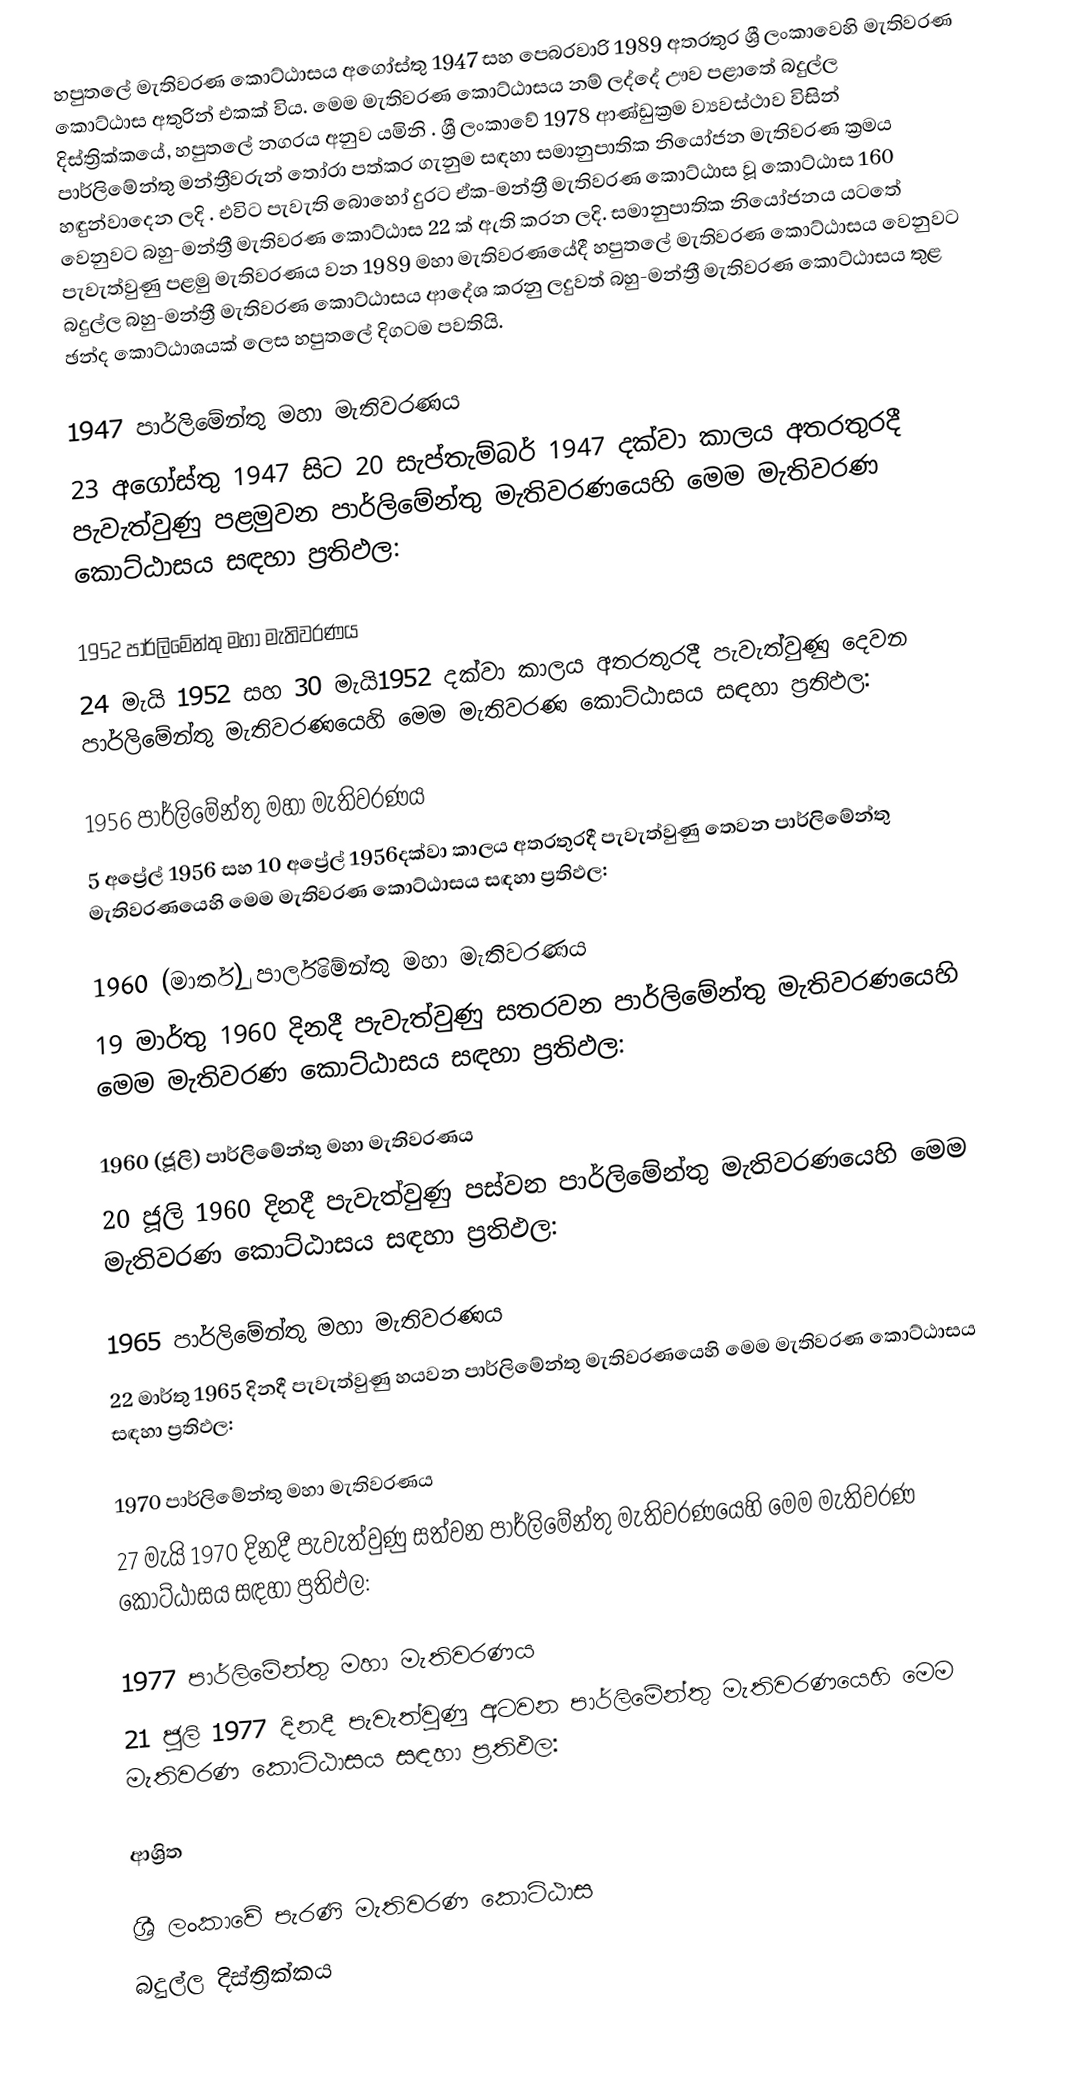
හපුතලේ මැතිවරණ කොට්ඨාසය  අගෝස්තු 1947 සහ පෙබරවාරි 1989 අතරතුර  ශ්‍රී ලංකාවෙහි  මැතිවරණ කොට්ඨාස අතුරින් එකක් විය. මෙම මැතිවරණ කොට්ඨාසය නම් ලද්දේ  ඌව පළාතේ  බදුල්ල  දිස්ත්‍රික්කයේ,  හපුතලේ නගරය අනුව යමිනි . ශ්‍රී ලංකාවේ 1978 ආණ්ඩුක්‍රම ව්‍යවස්ථාව විසින්   පාර්ලිමේන්තු මන්ත්‍රීවරුන් තෝරා පත්කර ගැනුම සඳහා සමානුපාතික නියෝජන මැතිවරණ ක්‍රමය හඳුන්වාදෙන ලදි . එවිට පැවැති බොහෝ දුරට  ඒක-මන්ත්‍රී මැතිවරණ කොට්ඨාස වූ කොට්ඨාස 160 වෙනුවට බහු-මන්ත්‍රී මැතිවරණ කොට්ඨාස 22 ක් ඇති කරන ලදි. සමානුපාතික නියෝජනය යටතේ පැවැත්වුණු පළමු මැතිවරණය වන 1989 මහා මැතිවරණයේදී  හපුතලේ මැතිවරණ කොට්ඨාසය වෙනුවට  බදුල්ල  බහු-මන්ත්‍රී මැතිවරණ කොට්ඨාසය  ආදේශ කරනු ලදුවත් බහු-මන්ත්‍රී මැතිවරණ කොට්ඨාසය තුළ ඡන්ද කොට්ඨාශයක් ලෙස හපුතලේ දිගටම පවතියි.

1947 පාර්ලිමේන්තු මහා මැතිවරණය
23 අගෝස්තු 1947 සිට 20 සැප්තැම්බර් 1947 දක්වා කාලය අතරතුරදී පැවැත්වුණු  පළමුවන පාර්ලිමේන්තු මැතිවරණයෙහි මෙම මැතිවරණ කොට්ඨාසය සඳහා ප්‍රතිඵල:

1952 පාර්ලිමේන්තු මහා මැතිවරණය
24 මැයි 1952 සහ 30 මැයි1952 දක්වා කාලය අතරතුරදී පැවැත්වුණු  දෙවන පාර්ලිමේන්තු මැතිවරණයෙහි මෙම මැතිවරණ කොට්ඨාසය සඳහා ප්‍රතිඵල:

1956 පාර්ලිමේන්තු මහා මැතිවරණය
5 අප්‍රේල් 1956 සහ 10 අප්‍රේල් 1956දක්වා කාලය අතරතුරදී පැවැත්වුණු  තෙවන පාර්ලිමේන්තු මැතිවරණයෙහි මෙම මැතිවරණ කොට්ඨාසය සඳහා ප්‍රතිඵල:

1960 (මාර්තු) පාර්ලිමේන්තු මහා මැතිවරණය
19 මාර්තු 1960 දිනදී පැවැත්වුණු  සතරවන පාර්ලිමේන්තු මැතිවරණයෙහි මෙම මැතිවරණ කොට්ඨාසය සඳහා ප්‍රතිඵල:

1960 (ජූලි) පාර්ලිමේන්තු මහා මැතිවරණය
20 ජූලි 1960 දිනදී පැවැත්වුණු  පස්වන පාර්ලිමේන්තු මැතිවරණයෙහි මෙම මැතිවරණ කොට්ඨාසය සඳහා ප්‍රතිඵල:

1965 පාර්ලිමේන්තු මහා මැතිවරණය
22 මාර්තු 1965  දිනදී පැවැත්වුණු  හයවන පාර්ලිමේන්තු මැතිවරණයෙහි මෙම මැතිවරණ කොට්ඨාසය සඳහා ප්‍රතිඵල:

1970 පාර්ලිමේන්තු මහා මැතිවරණය
27 මැයි 1970 දිනදී පැවැත්වුණු  සත්වන පාර්ලිමේන්තු මැතිවරණයෙහි මෙම මැතිවරණ කොට්ඨාසය සඳහා ප්‍රතිඵල:

1977 පාර්ලිමේන්තු මහා මැතිවරණය
21 ජූලි 1977 දිනදී පැවැත්වුණු  අටවන පාර්ලිමේන්තු මැතිවරණයෙහි මෙම මැතිවරණ කොට්ඨාසය සඳහා ප්‍රතිඵල:

ආශ්‍රිත

ශ්‍රී ලංකාවේ පැරණි මැතිවරණ කොට්ඨාස
 බදුල්ල දිස්ත්‍රික්කය